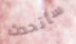
سأتحدث